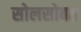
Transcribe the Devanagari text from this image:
सोलसोबत